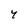
Character: 7